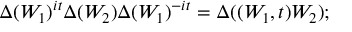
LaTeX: \Delta ( W _ { 1 } ) ^ { i t } \Delta ( W _ { 2 } ) \Delta ( W _ { 1 } ) ^ { - i t } = \Delta ( \l ( W _ { 1 } , t ) W _ { 2 } ) ;